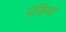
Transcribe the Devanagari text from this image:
पंकियां